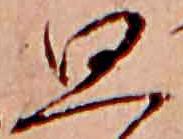
思